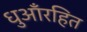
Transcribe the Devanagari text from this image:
धुआँरहित